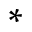
\ast